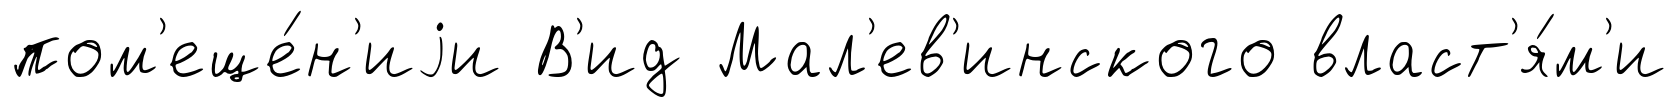
пом'еще́н'иjи В'ид Мал'ев'инского власт'я́м'и